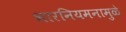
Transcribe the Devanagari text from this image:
भारनियमनामुळे